Calcutta medical institutions reports 1871-78
Year: 1871
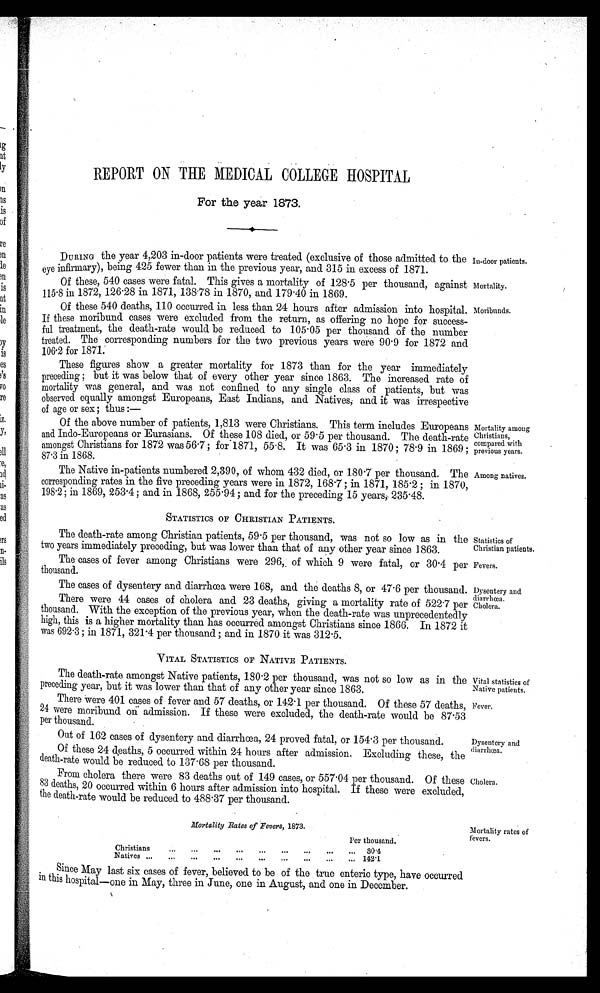
In-door patients.
Mortality.
Mortality among
Christians,
compared with
previous years.
Among natives.
Statistics of
Christian patients.
Fevers.
Dysentery and
diarrhœa.
Cholera.
Vital statistics of
Native patients.
Fever.
Dysentery and
diarrhœa.
Cholera.
REPORT ON THE MEDICAL COLLEGE HOSPITAL
For the year 1873.
DURING the year 4,203 in-door patients were treated (exclusive of those admitted to the
eye infirmary), being 425 fewer than in the previous year, and 315 in excess of 1871.
Of these, 540 cases were fatal. This gives a mortality of 128.5 per thousand, against
115.8 in 1872, 126.28 in 1871, 138.78 in 1870, and 179.40 in 1869.
Of these 540 deaths, 110 occurred in less than 24 hours after admission into hospital.
If these moribund cases were excluded from the return, as offering no hope for success
-
ful treatment, the death-rate would be reduced to 105.05 per thousand of the number
treated. The corresponding numbers for the two previous years were 90.9 for 1872 and
106.2 for 1871.
These figures show a greater mortality for 1873 than for the year immediately
preceding; but it was below that of every other year since 1863. The increased rate of
mortality was general, and was not confined to any single class of patients, but was
observed equally amongst Europeans, East Indians, and Natives, and it was irrespective
of age or sex; thus :—
Of the above number of patients, 1,813 were Christians. This term includes Europeans
and Indo-Europeans or Eurasians. Of these 108 died, or 59.5 per thousand. The death-rate
amongst Christians for 1872 was 56.7; for 1871, 55
.
8. It was 65.3 in 1870; 78.9 in 1869;
87.3 in 1868.
The Native in-patients numbered 2,390, of whom 432 died, or 180.7 per thousand. The
corresponding rates in the five preceding years were in 1872, 168.7; in 1871, 185.2; in 1870,
198.2; in 1869, 253.4 ; and in 1868, 255.94 ; and for the preceding 15 years, 235.48.
STATISTICS OF CHRISTIAN PATIENTS.
Moribunds.
The death-rate among Christian patients, 59.5 per thousand, was not so low as in the
two years immediately preceding, but was lower than that of any other year since 1863.
The cases of fever among Christians were 296, of which 9 were fatal, or 30.4 per
thousand.
The cases of dysentery and diarrhœa were 168, and the deaths 8, or 47.6 per thousand.
There were 44 cases of cholera and 23 deaths, giving a mortality rate of 522.7 per
thousand. With the exception of the previous year, when the death-rate was unprecedentedly
high, this is a higher mortality than has occurred amongst Christians since 1866. In 1872 it
was 692.3 ; in 1871, 321.4 per thousand ; and in 1870 it was 312.5.
VITAL STATISTICS OF NATIVE PATIENTS.
The death-rate amongst Native patients, 180.2 per thousand, was not so low as in the
Preceding year, but it was lower than that of any other year since 1863.
There Were 401 cases of fever and 57 deaths, or 142.1 per thousand. Of these 57 deaths,
24 were moribund on admission. If these were excluded, the death-rate would be 87.53
per thousand.
Out of 162 cases of dysentery and diarrhœa, 24 proved fatal, or 154.3 per thousand.
Of these 24 deaths, 5 occurred within 24 hours after admission. Excluding these, the
death-rate would be reduced to 137.68 per thousand.
From cholera there were 83 deaths out of 149 cases, or 557.04 per thousand. Of these
83 deaths, 20 occurred within 6 hours after admission into hospital. If these were excluded,
the death-rate would be reduced to 488.37 per thousand.
Mortality Rates of Fevers, 1873.
Per thousand.
Christians
. . .
. . .
. . .
. . . ...
...
...
. . . ... 30.4
Natives ...
... ...
. . .
. . .
...
...
...
...
... 142.1
Since May last six cases of fever, believed to be of the true enteric type, have occurred
in this hospital—one in May, three in June, one in August, and one in December.
Mortality rates of
fevers.